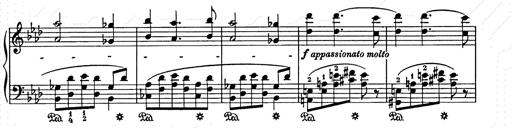
Title: Weihnachtsbaum
Composer: Franz Liszt